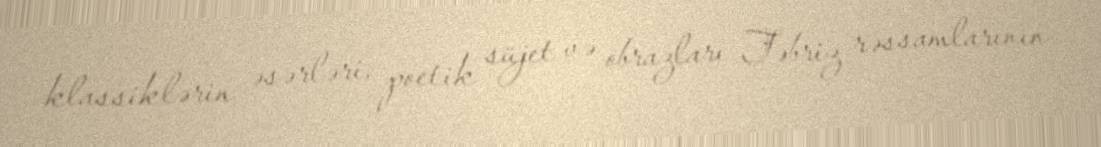
klassiklərin əsərləri, poetik süjet və obrazları Təbriz rəssamlarının